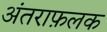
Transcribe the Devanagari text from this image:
अंतराफ़लक